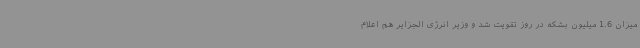
میزان 1.6 میلیون بشکه در روز تقویت شد و وزیر انرژی الجزایر هم اعلام